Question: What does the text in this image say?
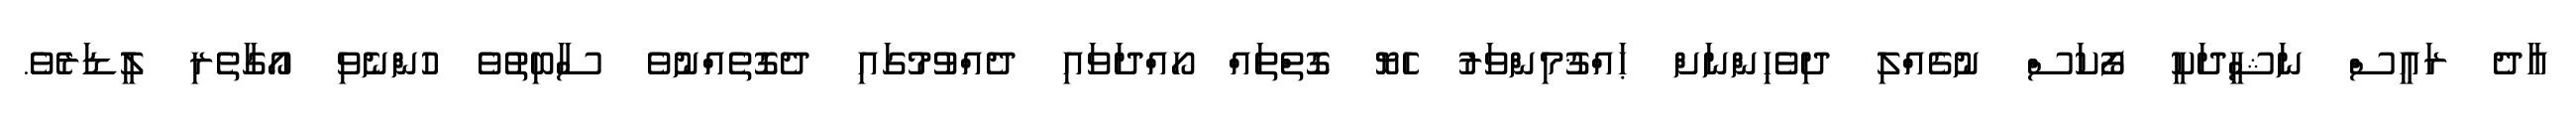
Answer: އާދެ ރައީސް ނަޝީދަކީ ފޯކަސް ނުގެއްލި ދިވެހިންނަށް ޙައްޤުމިންވަރު ހެޔޮ ގޮތްތައް ހޯއްދަވައި ދެއްވުމުގައި ދެގޮތެއްނުވެ ސާބިތުވެ ހުންނެވި އޯގާތެރި ލީޑަރެވެ.